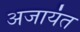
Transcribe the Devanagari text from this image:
अजायंत